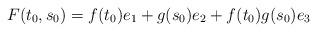
LaTeX: \begin{align*}F(t_{0},s_{0})=f(t_{0})e_{1}+g(s_{0})e_{2}+f(t_{0})g(s_{0})e_{3}\end{align*}